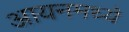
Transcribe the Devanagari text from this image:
आयनमध्ये